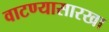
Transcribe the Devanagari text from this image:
वाटण्यासारखा